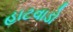
હાટવાડો